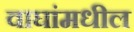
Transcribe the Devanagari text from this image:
वाघांमधील